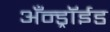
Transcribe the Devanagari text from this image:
अँन्ड्रॉईड